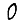
Digit: 0